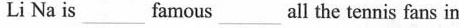
Li Na is____famous____ all the tennis fans in